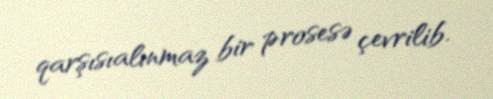
qarşısıalınmaz bir prosesə çevrilib.